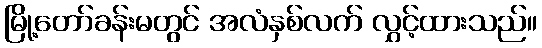
မြို့တော်ခန်းမတွင် အလံနှစ်လက် လွှင့်ထားသည်။